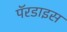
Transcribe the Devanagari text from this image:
पॅरडाइस